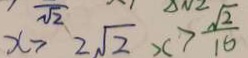
x > 2 \sqrt { 2 } x > \frac { \sqrt { 2 } } { 1 6 }